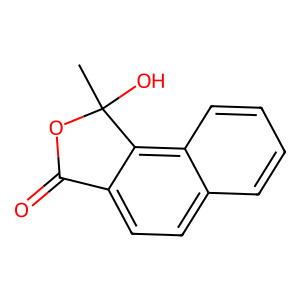
SMILES: CC1(O)OC(=O)c2ccc3ccccc3c21
Inhibits HIV replication: No